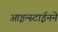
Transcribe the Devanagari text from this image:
आइन्स्टाईनने